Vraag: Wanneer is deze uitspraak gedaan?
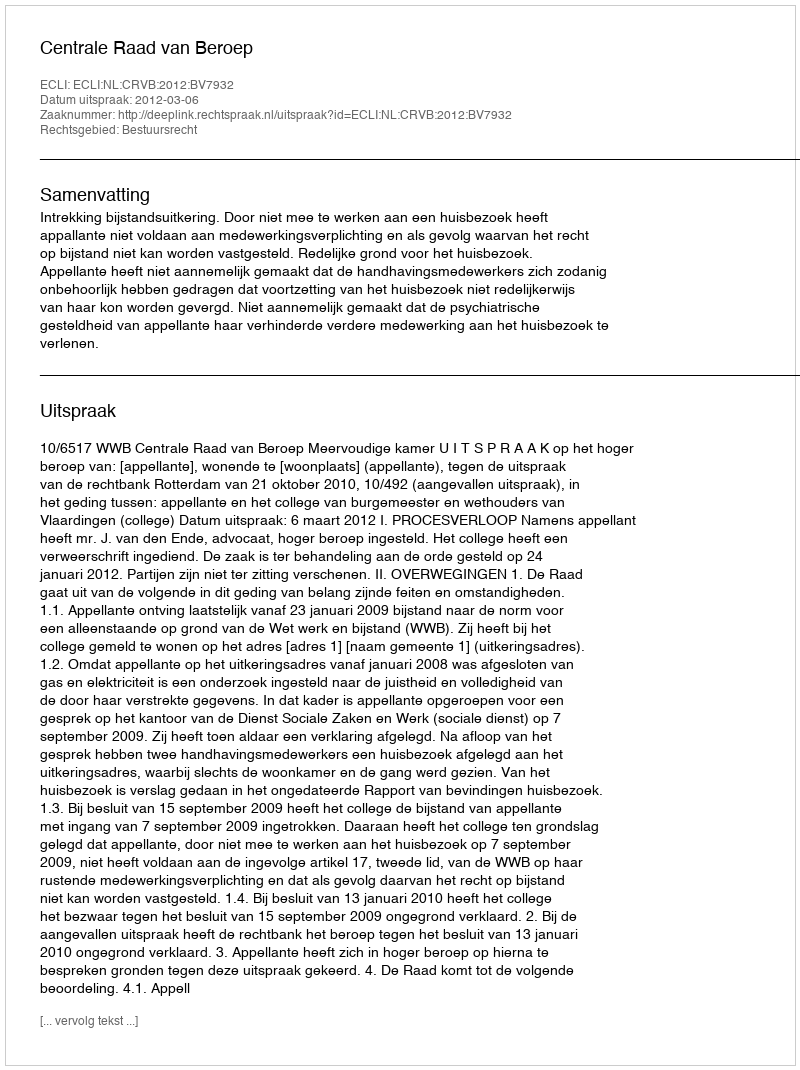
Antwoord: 2012-03-06